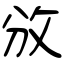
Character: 攽